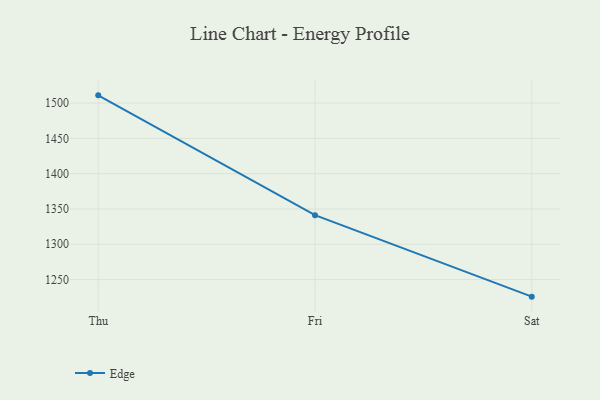
{"axis": {"x": "Day", "y": "Temperature (°C)"}, "legend": ["Edge"], "data": [{"x": "Thu", "y": 1511.0, "type": "Edge"}, {"x": "Fri", "y": 1341.2, "type": "Edge"}, {"x": "Sat", "y": 1225.8, "type": "Edge"}]}